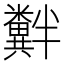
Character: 𫃘